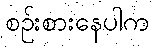
စဉ်းစားနေပါက